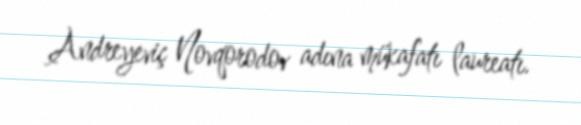
Andreyeviç Novqorodov adına mükafatı laureatı.